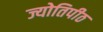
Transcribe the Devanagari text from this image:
ज्योतिपीठ